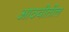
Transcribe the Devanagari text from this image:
आठवीतील